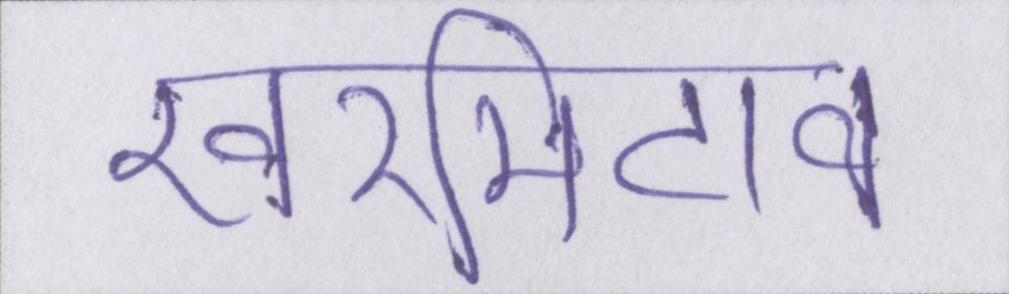
खरमिटाव